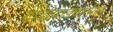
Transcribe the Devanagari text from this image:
खेडोपाड्यातील